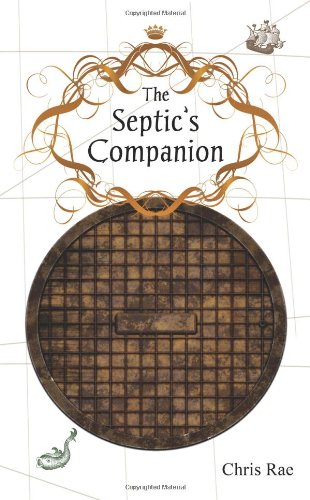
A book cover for The Septic's Companion: A Mercifully Brief Guide to British Culture and Slang; Chris Rae; Travel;